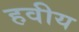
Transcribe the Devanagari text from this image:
हवीय